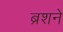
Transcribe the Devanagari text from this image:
ब्रशने